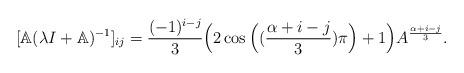
LaTeX: \begin{align*}[\mathbb{A}(\lambda I +\mathbb{A})^{-1}]_{ij}=\dfrac{(-1)^{i-j}}{3}\Big(2\cos\Big((\frac{\alpha+i-j}{3}) \pi\Big)+1\Big)A^{\frac{\alpha+i-j}{3}}.\end{align*}